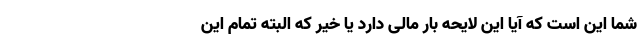
شما این است که آیا این لایحه بار مالی دارد یا خیر که البته تمام این